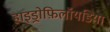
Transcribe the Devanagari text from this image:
हाइड्रोफ़िलॉयडिया